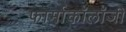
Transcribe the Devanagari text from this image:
फार्माकॉलॉजी